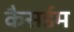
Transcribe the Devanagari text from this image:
कैसर्डम